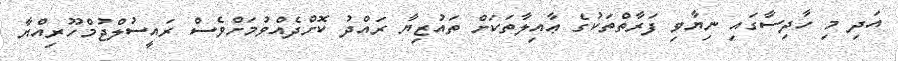
އަދި މި ހާދިސާގައި ނިޔާވި ފަރާތްތަކުގެ ޢާއިލާތަކަށް ތައުޒިޔާ ރައްދު ކޮށްދެއްވުމަށްވެސް ރައީސުލްޖުމްހޫރިއްޔާ